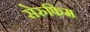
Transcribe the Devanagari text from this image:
सेरुफिम